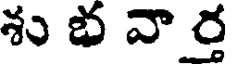
శు భ వా ర్త